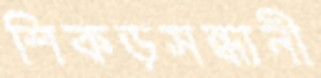
শিকড়সন্ধানী